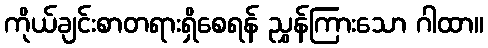
ကိုယ်ချင်းစာတရားရှိစေရန် ညွှန်ကြားသော ဂါထာ။